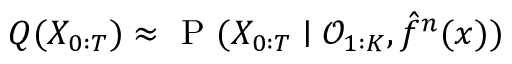
{ Q ( X _ { 0 : T } ) \approx \mathrm { ~ P ~ } ( X _ { 0 : T } \mid \mathcal { O } _ { 1 : K } , \hat { f } ^ { n } ( x ) ) }